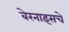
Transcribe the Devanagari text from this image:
बेरनाइसचे